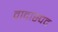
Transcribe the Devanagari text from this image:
वादास्पद